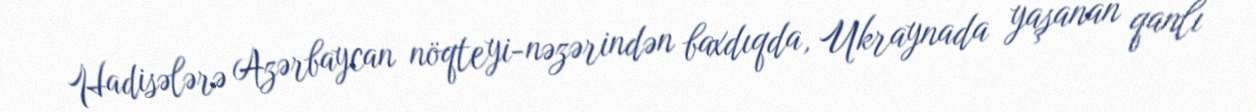
Hadisələrə Azərbaycan nöqteyi-nəzərindən baxdıqda, Ukraynada yaşanan qanlı